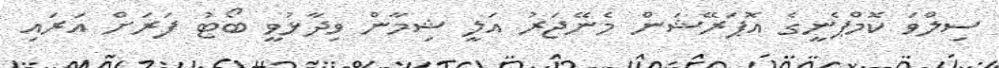
ސިލްވަ ކޮމްޕެނީގެ އޮޕަރޭޝަން މެނޭޖަރު އަލީ ޝިމާން ވިދާޅުވީ ބޯޓު ފަރަށް އަރައި